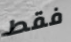
فقط